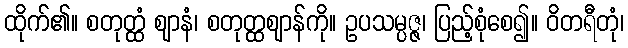
ထိုက်၏။ စတုတ္ထံ ဈာနံ၊ စတုတ္ထဈာန်ကို။ ဥပသမ္ပဇ္ဇ၊ ပြည့်စုံစေ၍။ ဝိတရီတုံ၊